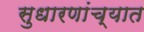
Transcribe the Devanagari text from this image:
सुधारणांच्यात